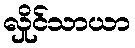
လှိုင်သာယာ